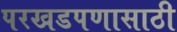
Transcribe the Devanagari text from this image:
परखडपणासाठी